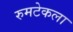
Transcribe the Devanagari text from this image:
रुमटेकला